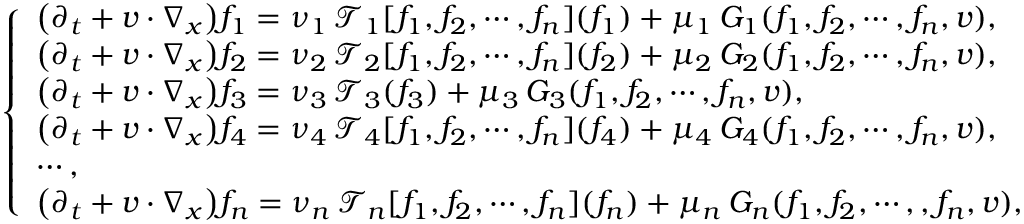
\left\{ \begin{array} { l l } { \big ( \partial _ { t } + v \cdot \nabla _ { x } \big ) f _ { 1 } = \nu _ { 1 } \, \mathcal { T } _ { 1 } [ f _ { 1 } , f _ { 2 } , \cdots , f _ { n } ] ( f _ { 1 } ) + \mu _ { 1 } \, G _ { 1 } ( f _ { 1 } , f _ { 2 } , \cdots , f _ { n } , v ) , } \\ { \big ( \partial _ { t } + v \cdot \nabla _ { x } \big ) f _ { 2 } = \nu _ { 2 } \, \mathcal { T } _ { 2 } [ f _ { 1 } , f _ { 2 } , \cdots , f _ { n } ] ( f _ { 2 } ) + \mu _ { 2 } \, G _ { 2 } ( f _ { 1 } , f _ { 2 } , \cdots , f _ { n } , v ) , } \\ { \big ( \partial _ { t } + v \cdot \nabla _ { x } \big ) f _ { 3 } = \nu _ { 3 } \, \mathcal { T } _ { 3 } ( f _ { 3 } ) + \mu _ { 3 } \, G _ { 3 } ( f _ { 1 } , f _ { 2 } , \cdots , f _ { n } , v ) , } \\ { \big ( \partial _ { t } + v \cdot \nabla _ { x } \big ) f _ { 4 } = \nu _ { 4 } \, \mathcal { T } _ { 4 } [ f _ { 1 } , f _ { 2 } , \cdots , f _ { n } ] ( f _ { 4 } ) + \mu _ { 4 } \, G _ { 4 } ( f _ { 1 } , f _ { 2 } , \cdots , f _ { n } , v ) , } \\ { \cdots , } \\ { \big ( \partial _ { t } + v \cdot \nabla _ { x } \big ) f _ { n } = \nu _ { n } \, \mathcal { T } _ { n } [ f _ { 1 } , f _ { 2 } , \cdots , f _ { n } ] ( f _ { n } ) + \mu _ { n } \, G _ { n } ( f _ { 1 } , f _ { 2 } , \cdots , , f _ { n } , v ) , } \end{array} \right.